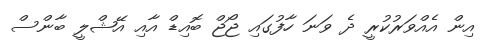
އިން އެއްވަރުކުރީ ދެ ވަނަ ހާފުގައި ޖޯޖް ބޮއިޑް އާއި އޭޝްލީ ބާންސް